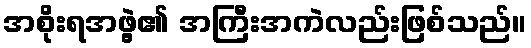
အစိုးရအဖွဲ့၏ အကြီးအကဲလည်းဖြစ်သည်။